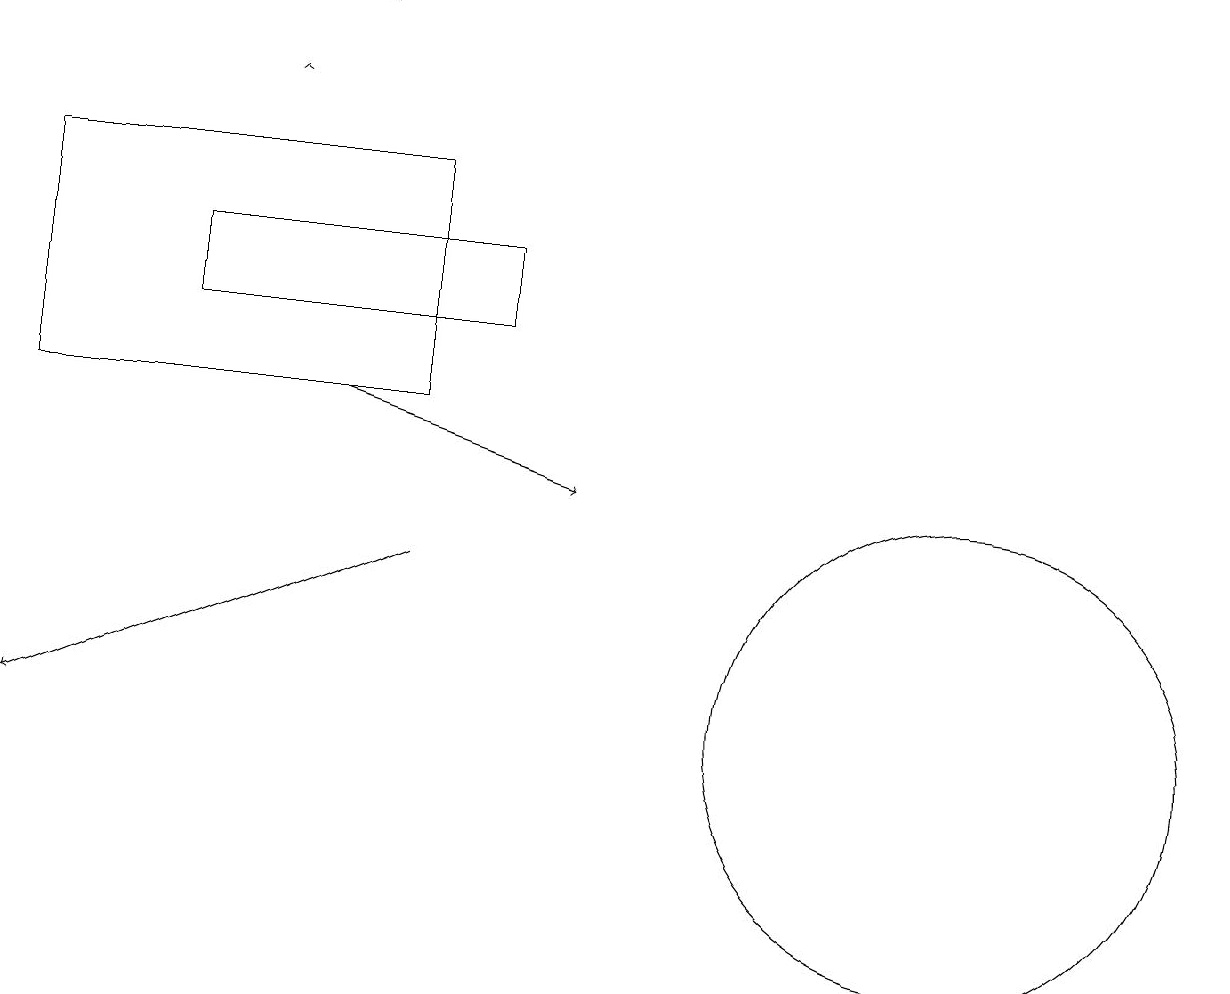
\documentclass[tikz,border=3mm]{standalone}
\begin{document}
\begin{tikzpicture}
\draw[->] (4,14) -- (7,13);
\draw (5,14) rectangle (0,17);
\draw[->] (4,19) -- (4,19);
\draw[->] (5,12) -- (0,10);
\draw (12,10) circle (3);
\draw[->] (3,18) -- (3,18);
\draw (2,15) rectangle (6,16);
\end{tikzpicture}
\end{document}